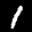
Label: 1